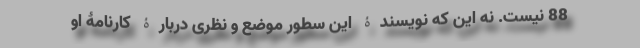
88 نیست. نه این که نویسندۀ این سطور موضع و نظری دربارۀ کارنامۀ او